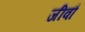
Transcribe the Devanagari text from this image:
जीवौ